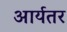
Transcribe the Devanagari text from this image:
आर्यतर